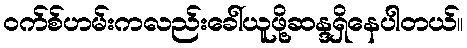
ဝက်စ်ဟမ်းကလည်းခေါ်ယူဖို့ဆန္ဒရှိနေပါတယ်။